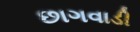
છાગવાડી